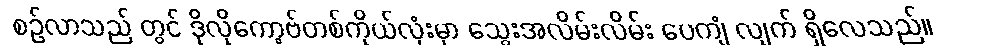
စဉ်လာသည် တွင် ဒိုလိုကော့ဗ်တစ်ကိုယ်လုံးမှာ သွေးအလိမ်းလိမ်း ပေကျံ လျက် ရှိလေသည်။